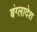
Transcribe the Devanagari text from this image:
बंग्‍लादेश